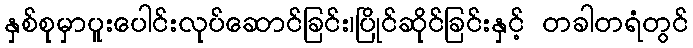
နှစ်စုမှာပူးပေါင်းလုပ်ဆောင်ခြင်း၊ပြိုင်ဆိုင်ခြင်းနှင့် တခါတရံတွင်